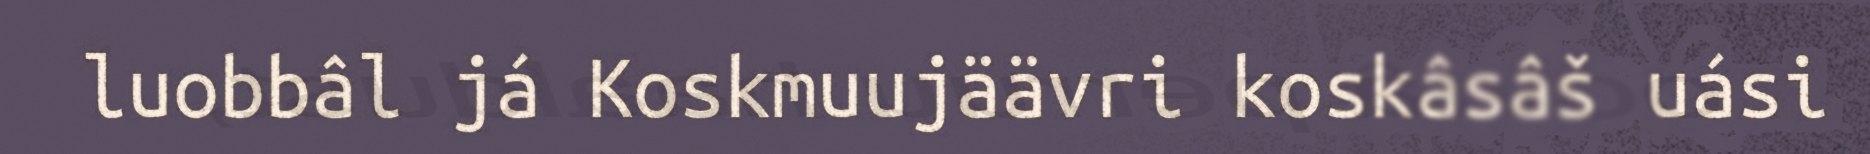
luobbâl já Koskmuujäävri koskâsâš uási